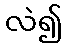
လဲ၍